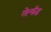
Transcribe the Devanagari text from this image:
गेल्फँड